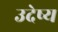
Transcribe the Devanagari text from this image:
उदेष्य